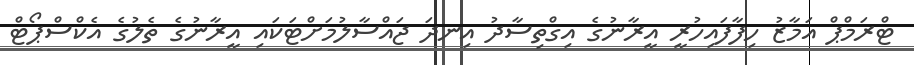
ޓްރަމްޕް އަމާޒު ހިފާފައިހުރީ އީރާނުގެ އިގްތިސާދު އިނދަ ޖައްސާލުމަށްޓަކައި އީރާނުގެ ތެލުގެ އެކްސްޕޯޓް